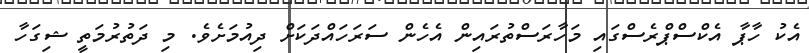
އެކު ހާޕާ އެކްސްޕްރެސްގައި މަހާރަސްތުރައިން އެހެން ސަރަހައްދަކަށް ދިއުމަށެވެ. މި ދަތުރުމަތީ ޝިގަހާ